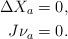
LaTeX: \begin{align*}\Delta X_a &=0,\\J \nu_a &=0.\end{align*}